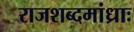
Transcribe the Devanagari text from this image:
राजशब्दमांध्राः